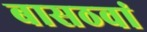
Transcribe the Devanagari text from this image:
बासठवां